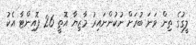
ލީގުގެ ތިން ވަނަ ބުރަށް ނުކުންނައިރު މާޒިޔާ އޮތީ 26 ޕޮއިންޓާ އެކު